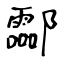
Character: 酃